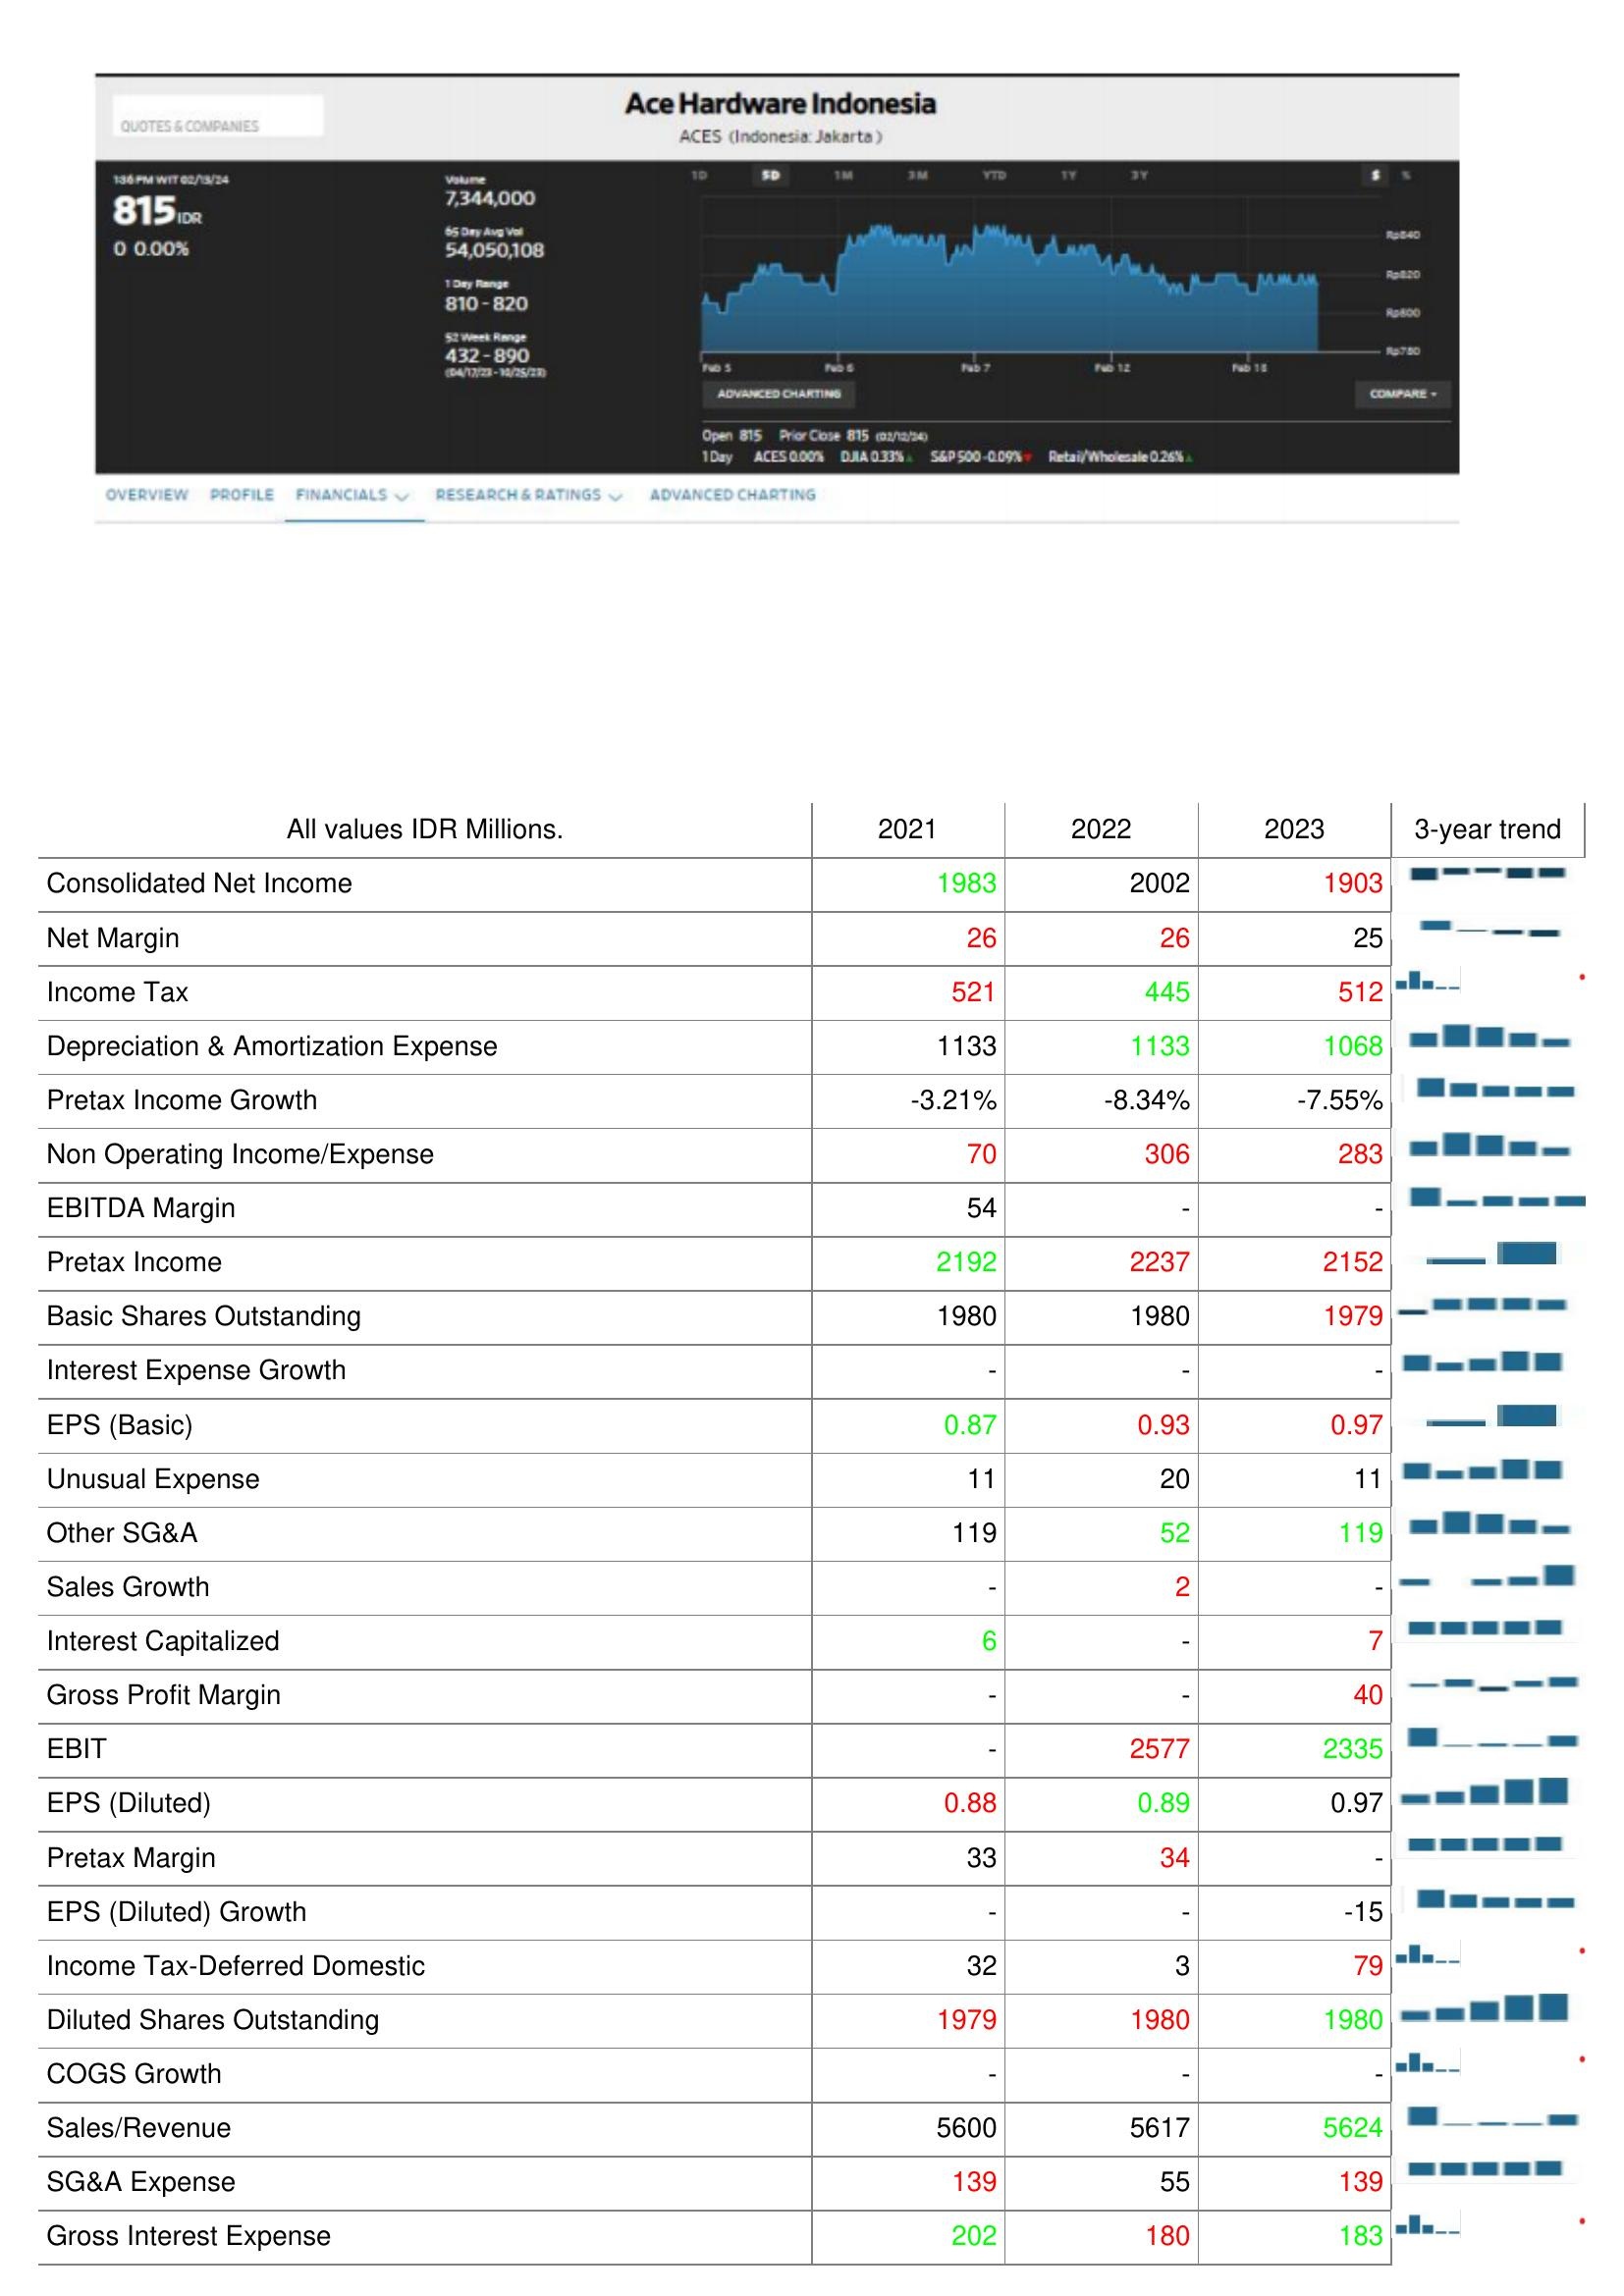
2021: : Consolidated Net Income: 1983
Net Margin: 26
Income Tax: 521
Depreciation & Amortization Expense: 1133
Pretax Income Growth: -3.21%
Non Operating Income/Expense: 70
EBITDA Margin: 54
Pretax Income: 2192
Basic Shares Outstanding: 1980
Interest Expense Growth: -
EPS (Basic): 0.87
Unusual Expense: 11
Other SG&A: 119
Sales Growth: -
Interest Capitalized: 6
Gross Profit Margin: -
EBIT: -
EPS (Diluted): 0.88
Pretax Margin: 33
EPS (Diluted) Growth: -
Income Tax-Deferred Domestic: 32
Diluted Shares Outstanding: 1979
COGS Growth: -
Sales/Revenue: 5600
SG&A Expense: 139
Gross Interest Expense: 202
2022: : Consolidated Net Income: 2002
Net Margin: 26
Income Tax: 445
Depreciation & Amortization Expense: 1133
Pretax Income Growth: -8.34%
Non Operating Income/Expense: 306
EBITDA Margin: -
Pretax Income: 2237
Basic Shares Outstanding: 1980
Interest Expense Growth: -
EPS (Basic): 0.93
Unusual Expense: 20
Other SG&A: 52
Sales Growth: 2
Interest Capitalized: -
Gross Profit Margin: -
EBIT: 2577
EPS (Diluted): 0.89
Pretax Margin: 34
EPS (Diluted) Growth: -
Income Tax-Deferred Domestic: 3
Diluted Shares Outstanding: 1980
COGS Growth: -
Sales/Revenue: 5617
SG&A Expense: 55
Gross Interest Expense: 180
2023: : Consolidated Net Income: 1903
Net Margin: 25
Income Tax: 512
Depreciation & Amortization Expense: 1068
Pretax Income Growth: -7.55%
Non Operating Income/Expense: 283
EBITDA Margin: -
Pretax Income: 2152
Basic Shares Outstanding: 1979
Interest Expense Growth: -
EPS (Basic): 0.97
Unusual Expense: 11
Other SG&A: 119
Sales Growth: -
Interest Capitalized: 7
Gross Profit Margin: 40
EBIT: 2335
EPS (Diluted): 0.97
Pretax Margin: -
EPS (Diluted) Growth: -15
Income Tax-Deferred Domestic: 79
Diluted Shares Outstanding: 1980
COGS Growth: -
Sales/Revenue: 5624
SG&A Expense: 139
Gross Interest Expense: 183